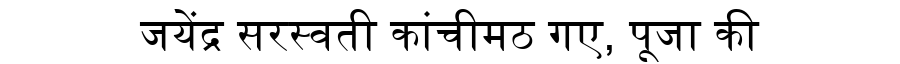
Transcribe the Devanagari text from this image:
जयेंद्र सरस्वती कांचीमठ गए, पूजा की